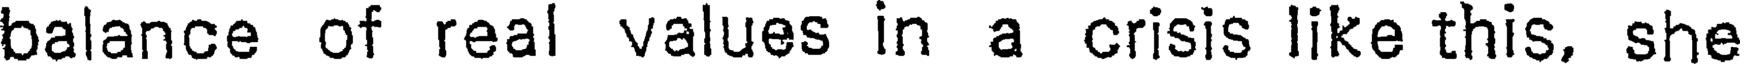
balance of real values in a crisis like this, she